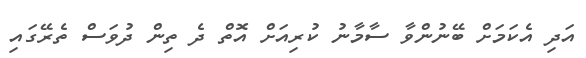
އަދި އެކަމަށް ބޭނުންވާ ސާމާނު ކުރިއަށް އޮތް ދެ ތިން ދުވަސް ތެރޭގައި